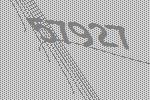
57927